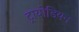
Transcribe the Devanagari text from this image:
ट्रायोडियन